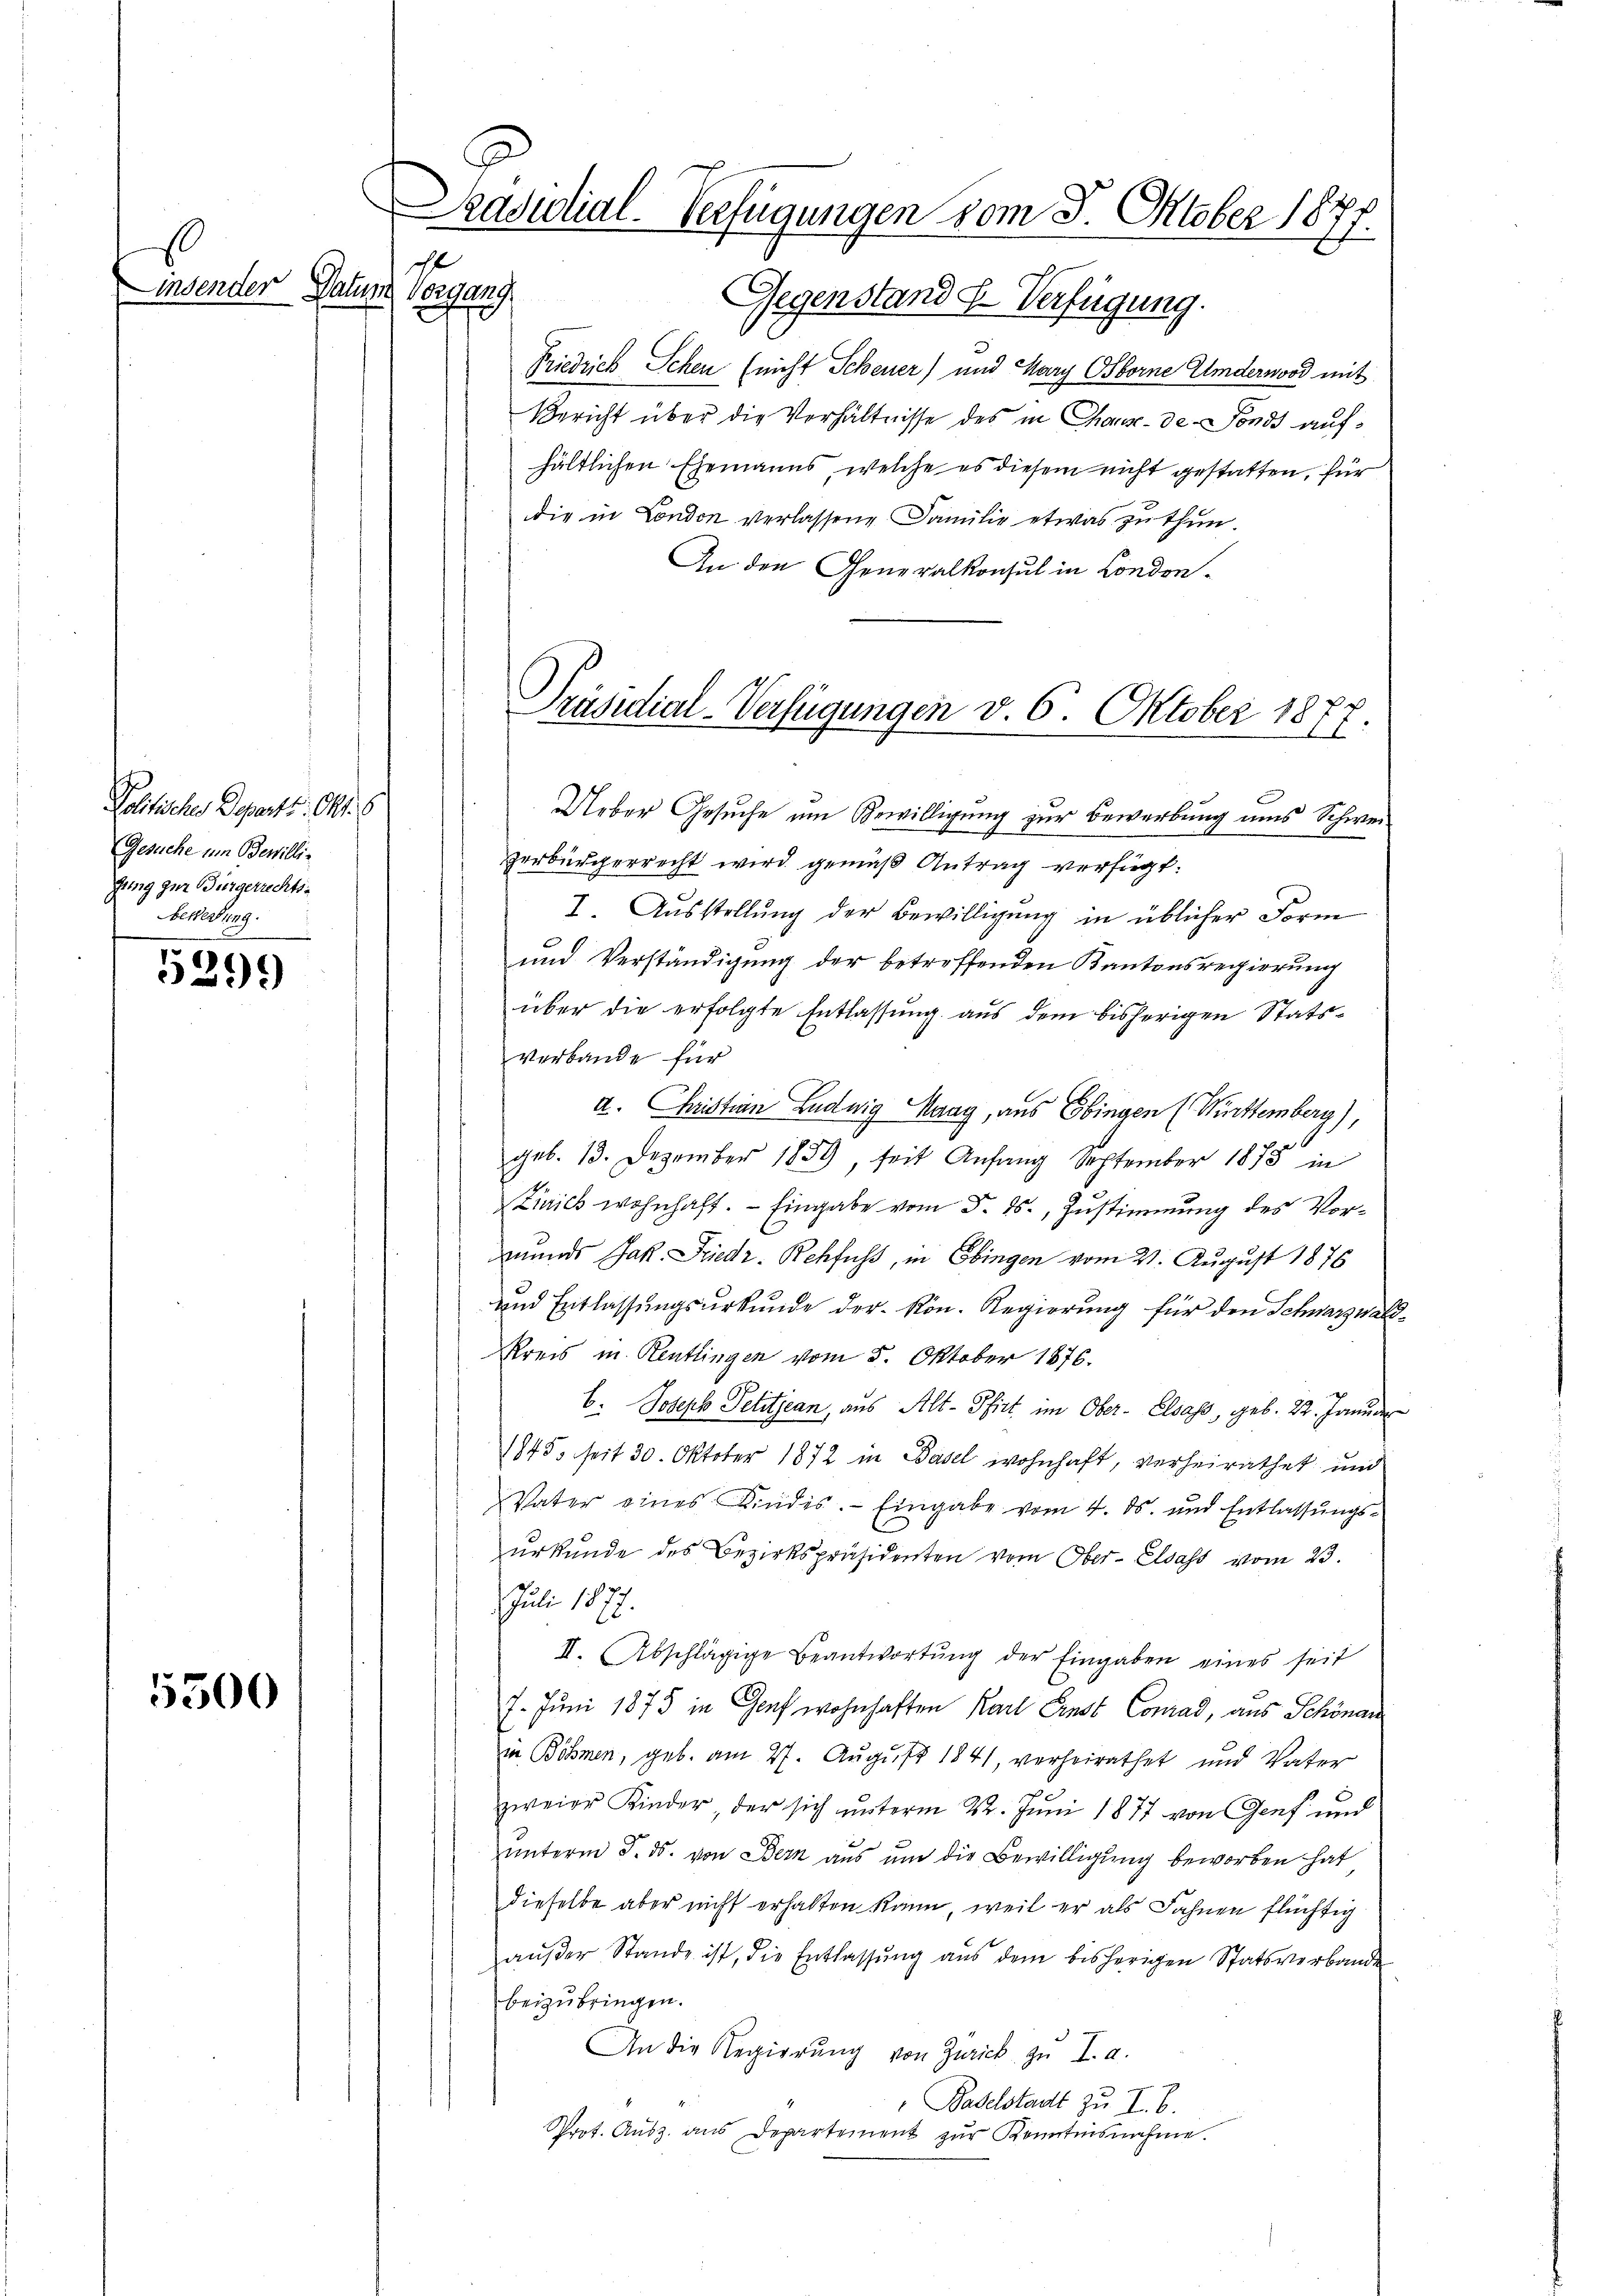
s

Peter Betr. Mts.
Gesuche um Bewillifung zur Bürgerrechts-
bewertung.

5299)

5500

Präsidial-Verfügungen vom 8. Oktober 1877.
1
Linsender Datum Vorgang
Gegenstand u. Verfügung.

Friedrich Schen (nicht Scheuer) und Mary Oborne Andernood mit
Bericht über die Verhältnisse des in Chaux-de-Fonds aufhältlichen Ehemanns, welche es diesem nicht gestatten, für
die in London verlassene Familie etwas zu thun.
An den Generalkonsul in London-
F
Ueber Gesuche um Bewilligung zur Bewerbung uns Schwei-
verbürgerrecht wird gemäß Antrag verfügt:
I. Aŭsstellŭng der Bewilligŭng in üblicher Form
und Verständigung der betreffenden Kantonsregierung
über die erfolgte Entlassung aus dem bisherigen Statsverbande für
A. Christian Ludwig Maag, aus Ebingen (Württemberg),
geb. 13. Dezember 1839, seit Anfang September 1873 in
Zirich wohnhaft. — Eingabe vom 5. ds., Zustimmung des Vormunds Jak. Friedr. Rehfuss, in Ebingen vom 21. August 1876
und Entlassungsurkunde der kön. Regierung für den Schwarzwal
Kreis in Reutlingen vom 5. Oktober 1876.
b. Joseph Petitjean, aus Alt-Pfirt im Ober- Elsass, geb. 22. Januar
1845, seit 30. Oktober 1872 in Basel wohnhaft, verheirathet und
Vater eines Kindes. Eingabe vom 4. ds. und Entlassungsŭrkŭnde des Bezirkspräsidenten vom Ober-Elsass vom 23.
Juli 1877.
II. Abschlägige Beantwortŭng der Eingaben eines seit
7. Juni 1875 in Genf wohnhaften Karl Ernst Conrad, aus Schönau
u. Böhmen, geb. am 27. August 1841, verheirathet und Vater
zweier Kinder der sich unterm 22. Juni 1877 von Genf und
.
unterm 5. ds. von Bern aus um die Bewilligung beworben hat
dieselbe aber nicht erhalten kann, weil er als Fahnen flüchtig
außer Stande ist, die Entlassung aus dem bisherigen Statsverbande
beizubringen.
An die Regierŭng von Zürick zŭ I. a.
Baselstadt zu I. B.
Prot. Ausz. aus Departement zur Kenntnisnehme.

Präsidial-Verfügungen v. 6. Oktober 1874